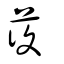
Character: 蕧